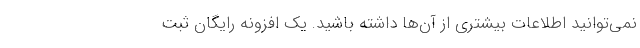
نمی‌توانید اطلاعات بیشتری از آن‌ها داشته باشید. یک افزونه رایگان ثبت